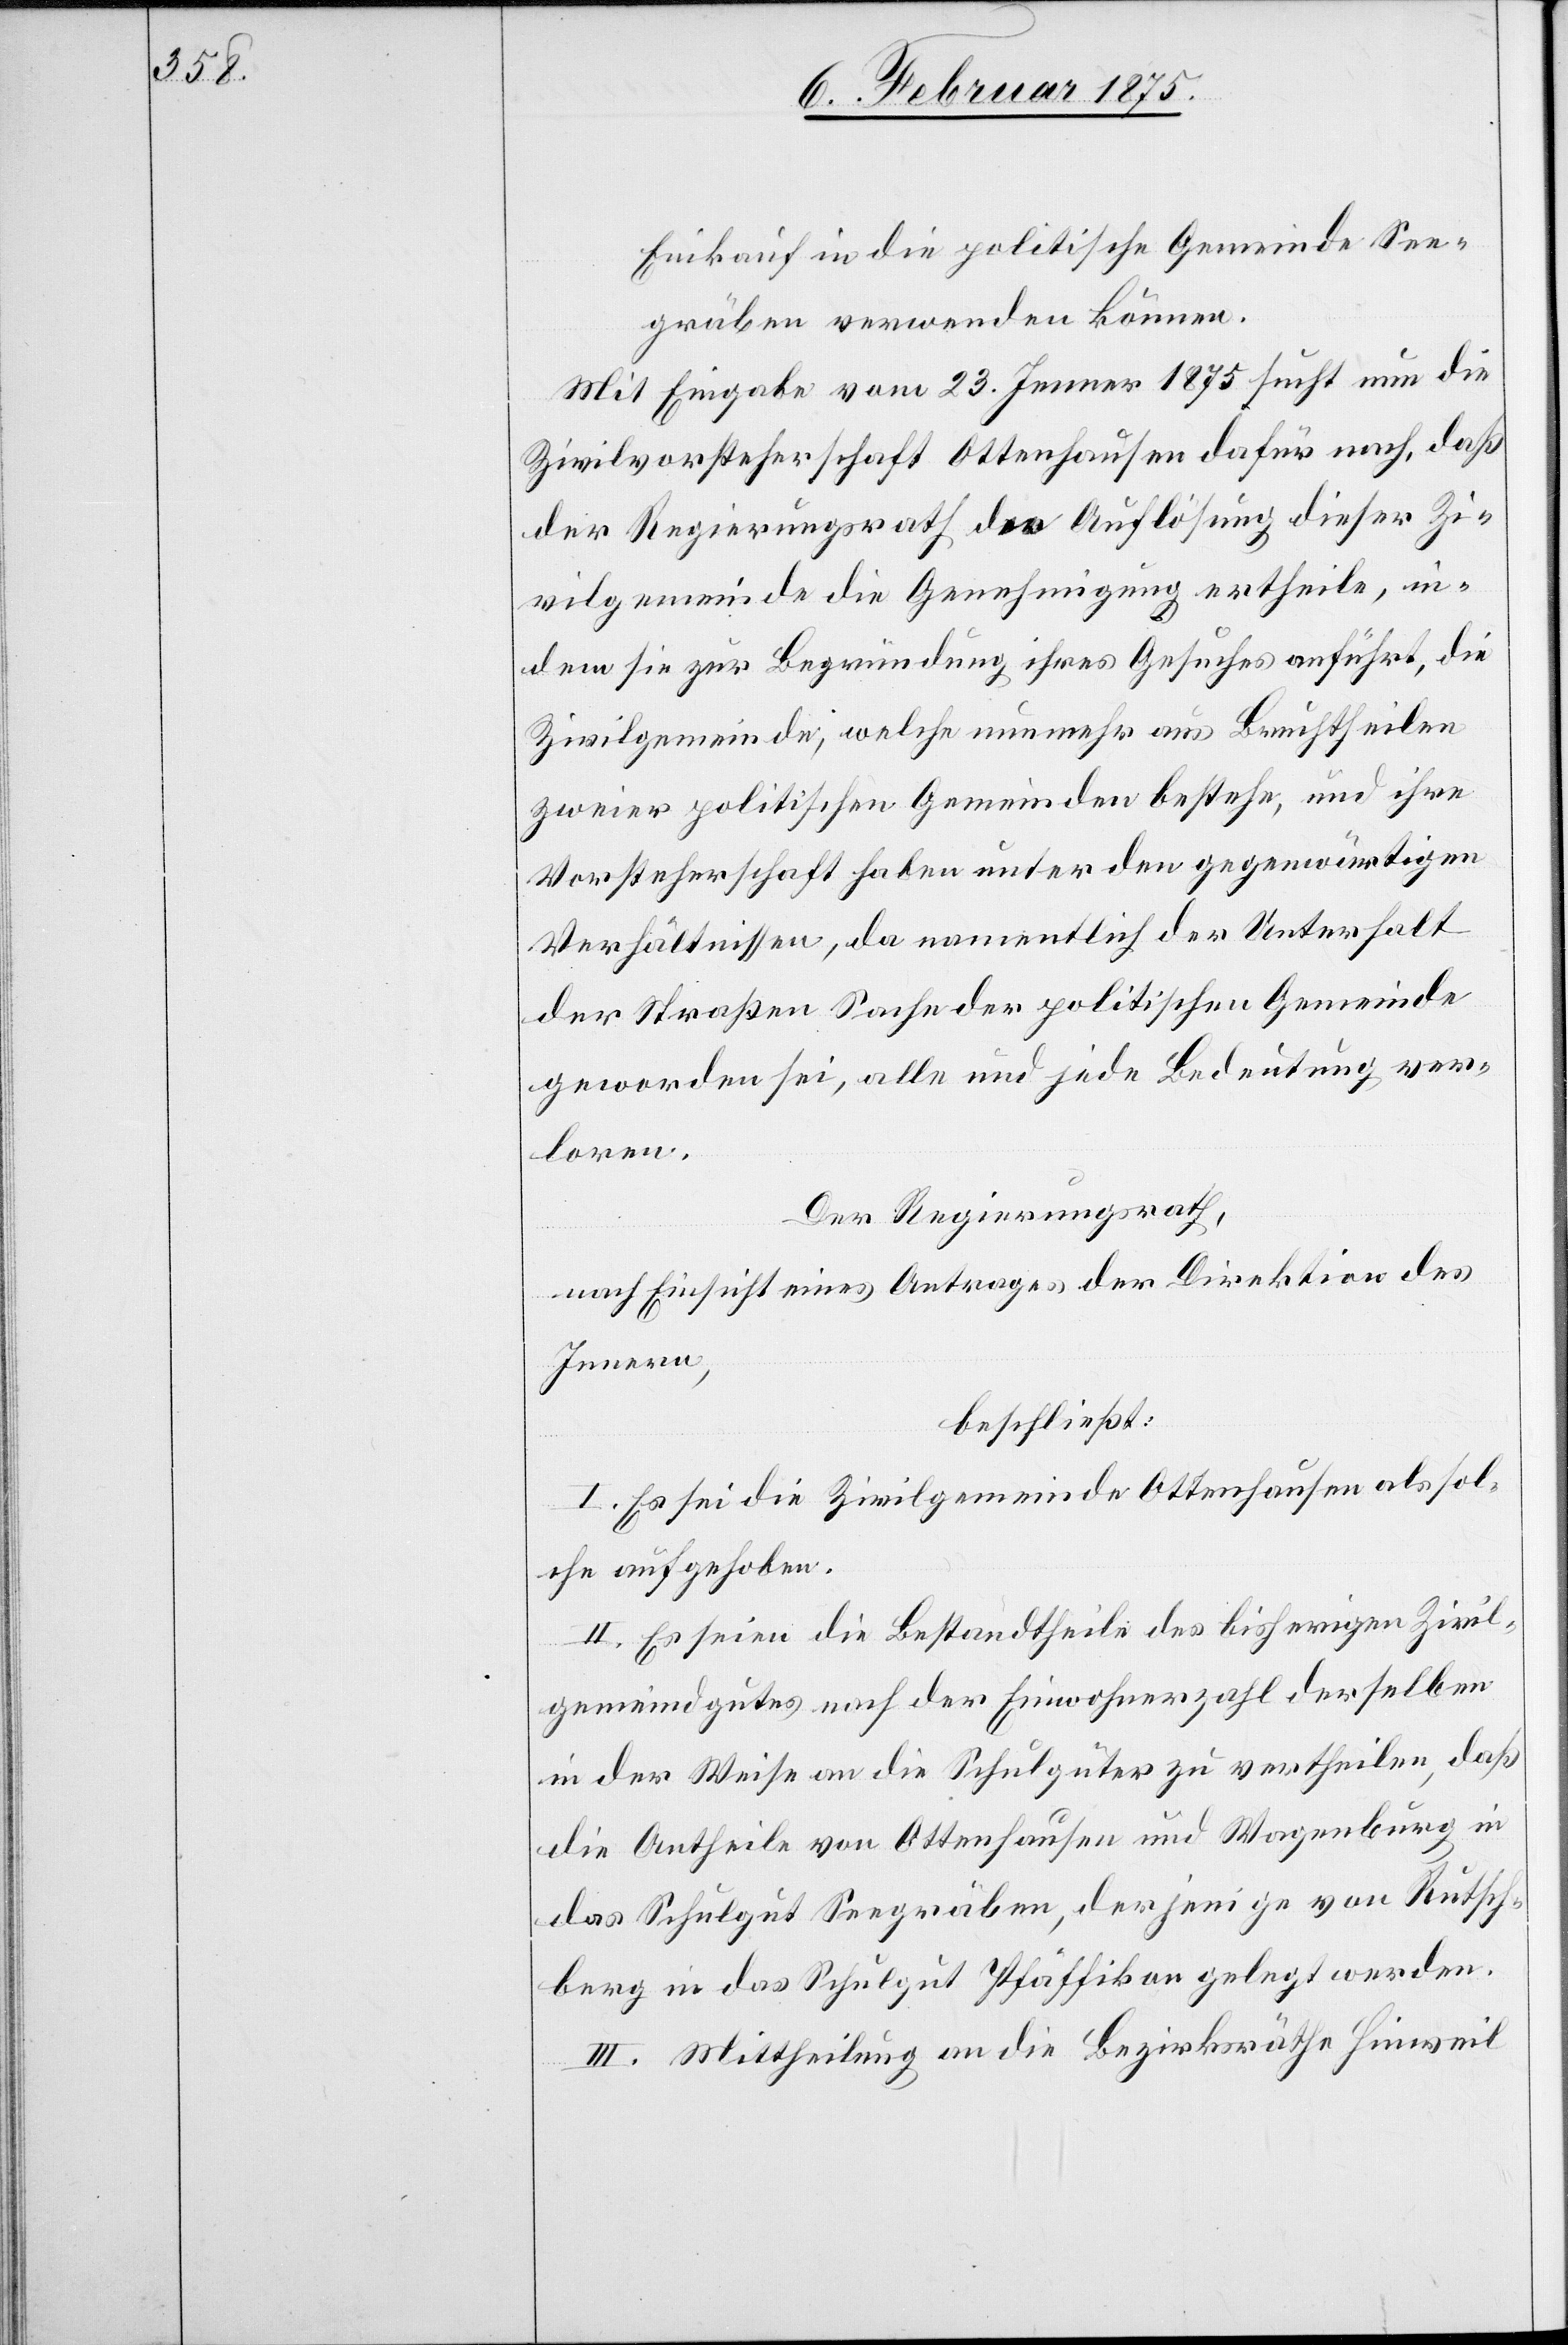
Einkauf in die politische Gemeinde See¬
gräben verwenden können.
Mit Eingabe vom 23. Jenner 1875 sucht nun die
Zivilvorsteherschaft Ottenhausen dafür nach, daß
der Regierungsrath der Auslösung dieser Zi¬
vilgemeinde die Genehmigung ertheile, in¬
dem sie zur Begründung ihres Gesuches anführt, die
Zivilgemeinde, welche nunmehr aus Bruchtheilen
zweier politischen Gemeinden bestehe, und ihre
Vorsteherschaft haben unter den gegenwärtigen
Verhältnissen, da namentlich der Unterhalt
der Straßen Sache der politischen Gemeinde
geworden sei, alle und jede Bedeutung ver¬
loren.
Der Regierungsrath,
nach Einsicht eines Antrages der Direktion des
Innern,
beschließt:
I. Es sei die Zivilgemeinde Ottenhausen als sol¬
che aufgehoben.
II. Es seien die Bestandtheile des bisherigen Zivil¬
gemeindgutes nach der Einwohnerzahl derselben
in der Weise an die Schulgüter zu vertheilen, daß
die Antheile von Ottenhausen und Wagenburg in
das Schulgut Seegräben, derjenige von Rutsch¬
berg in das Schulgut Pfäffikon gelegt werden.
III. Mittheilung an die Bezirksräthe Hinweil